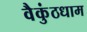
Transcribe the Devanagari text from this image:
वैकुंठधाम